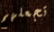
تجعلهم